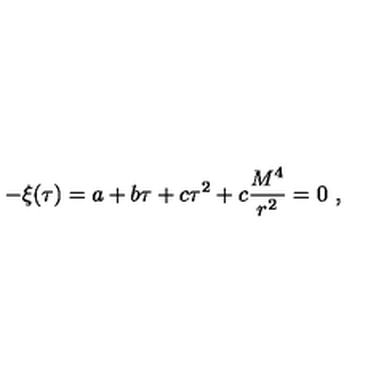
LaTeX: - \xi ( \tau ) = a + b \tau + c \tau ^ { 2 } + c \frac { M ^ { 4 } } { r ^ { 2 } } = 0 \ ,